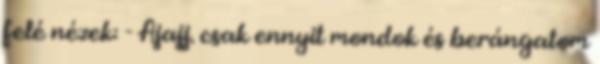
felé nézek: - Ajajj. csak ennyit mondok és berángatom